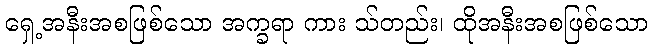
ရှေ့အနီးအစဖြစ်သော အက္ခရာ ကား သ်တည်း၊ ထိုအနီးအစဖြစ်သော